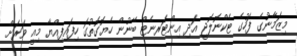
މިޒަމާނުގެ ފަހުގެ ޓެކްނޮލޮޖީ އަދި އިންޓަރނެޓް ބޭނުން ހެޔޮގޮތުގަ ހިފައިފިއްޔާ މިއީ ވަރަށް